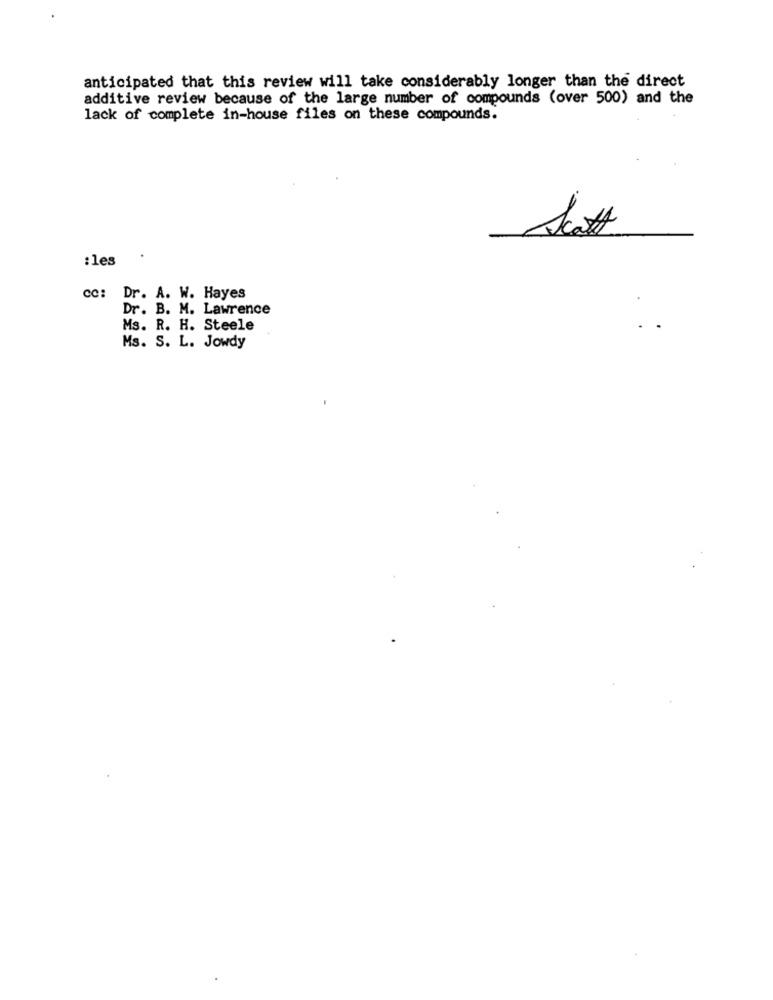
anticipated that this review will take considerably longer than the direct
additive review because of the large number of compounds (over 500) and the
lack of complete in-house files on these compounds.
Scott
:les
cc: Dr. A. W. Hayes
Dr. B. M. Lawrence
Ms. R. H. Steele
Ms. S. L. Jowdy